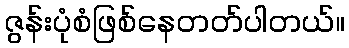
ဇွန်းပုံစံဖြစ်နေတတ်ပါတယ်။